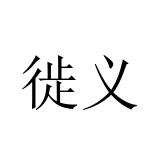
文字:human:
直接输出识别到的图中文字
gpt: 徙义